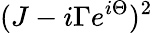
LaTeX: (J-i\Gamma e^{i\Theta})^{2}